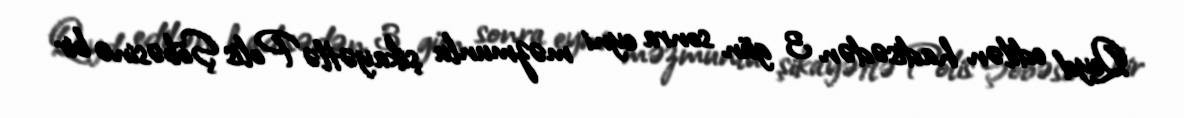
Qeyd edilən hadisədən 3 gün sonra eyni məzmunlu şikayətlə Polis Şöbəsinə bir